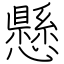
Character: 懸